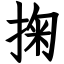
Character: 掬